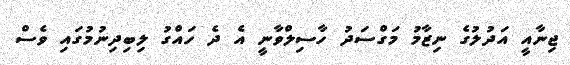
ޖިނާއީ އަދުލުގެ ނިޒާމު މަގްސަދު ހާސިލްވާނީ އެ ދެ ހައްގު ލިބިދިނުމުގައި ވެސް